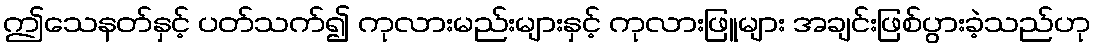
ဤသေနတ်နှင့် ပတ်သက်၍ ကုလားမည်းများနှင့် ကုလားဖြူများ အချင်းဖြစ်ပွားခဲ့သည်ဟု